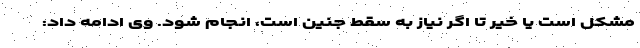
مشکل است یا خیر تا اگر نیاز به سقط جنین است، انجام شود. وی ادامه داد: